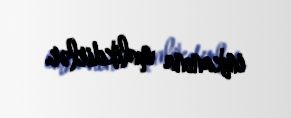
imkanına malikdirlər.